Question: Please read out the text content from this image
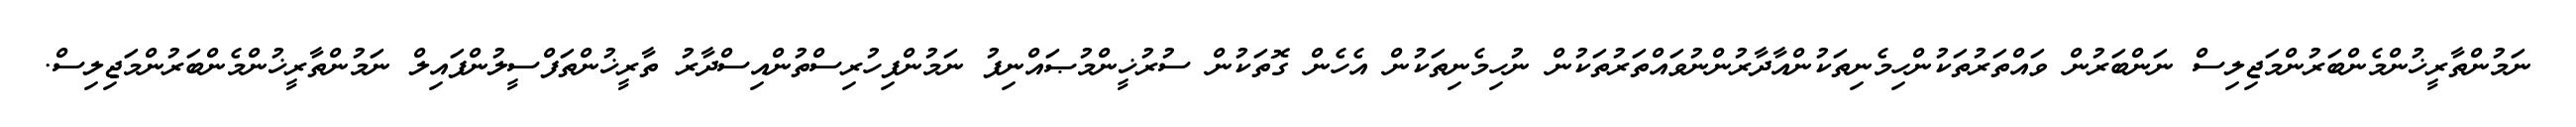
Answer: ނަމުންތާރީޚުންމެންބަރުންމަޖިލިސް ނަންބަރުން ވައްތަރުތަކުންހިމެނިތަކުންއާދާރުންނުވައްތަރުތަކުން ނުހިމެނިތަކުން އެހެން ގޮތަކުން ސުރުޚީންމުޞައްނިފު ނަމުންފިހުރިސްތުންއިސްދާރު ތާރީޚުންތަފްސީލުންފައިލް ނަމުންތާރީޚުންމެންބަރުންމަޖިލިސް.